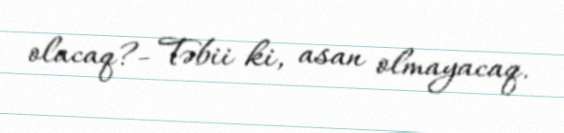
olacaq?- Təbii ki, asan olmayacaq.